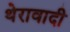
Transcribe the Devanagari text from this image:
थेरावादी